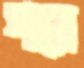
পায়ে